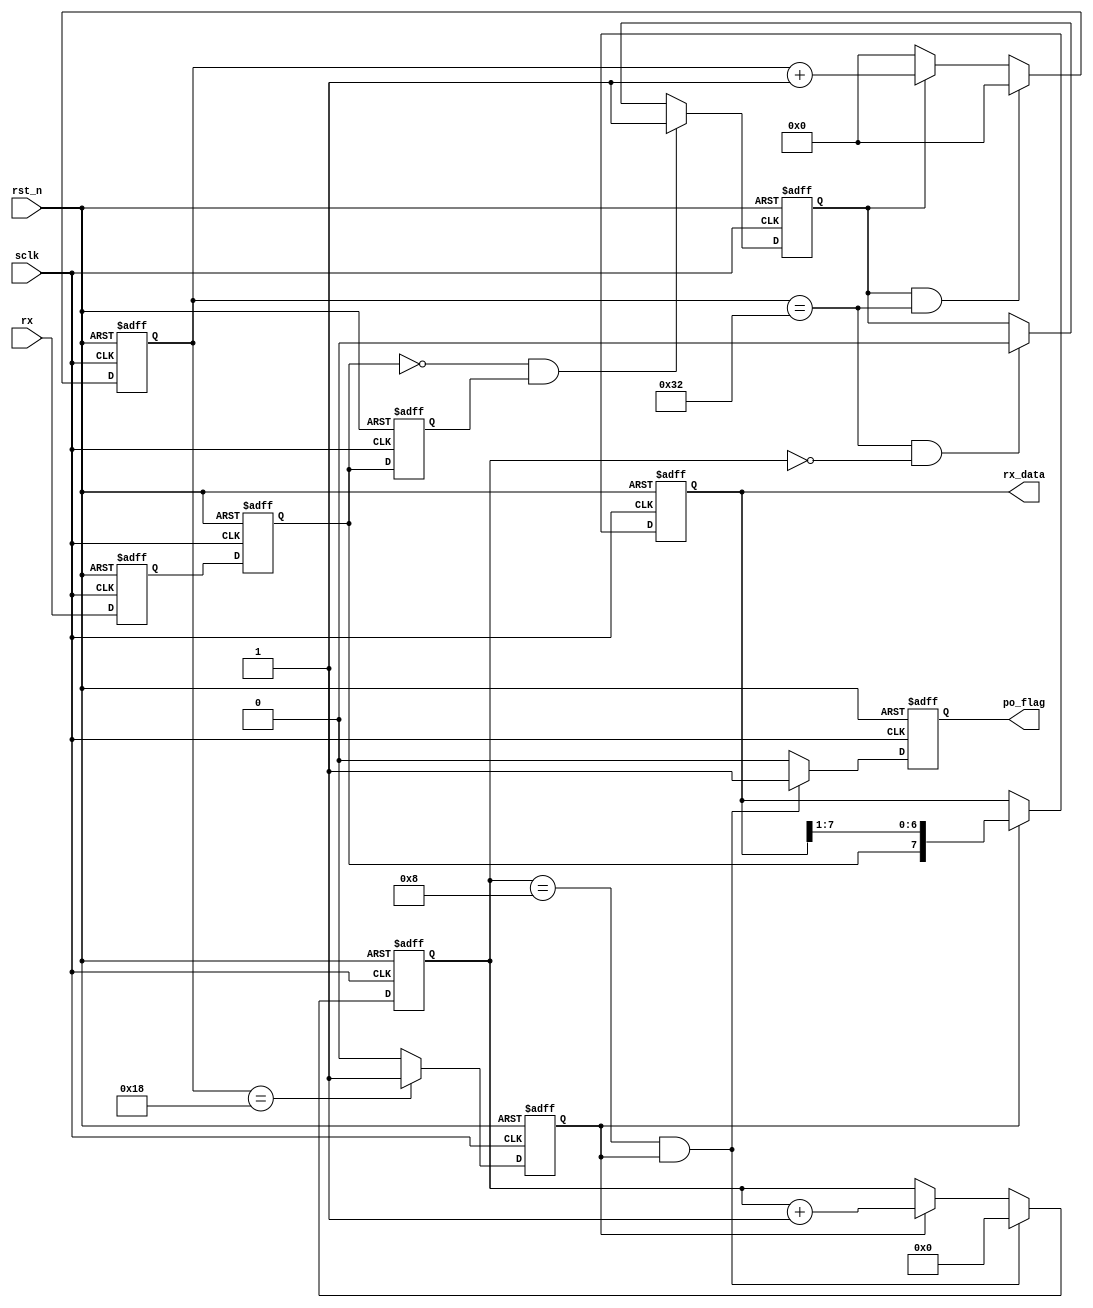
//*********************************************************\
//**************uart receiver***********************
//*********************************************************/
`define TEST_BAUD
module uart_rx(
	sclk,
	rst_n,
	rx,
	rx_data,
	po_flag
	);
	
	input						sclk;
	input						rst_n;
	input						rx;
	output	reg		[ 7:0]		rx_data;
	output	reg					po_flag;

//*********************************************************\
//******define internal signals and parameters*******
//*********************************************************/
	`ifndef TEST_BAUD
	localparam  BAUD_MAX =   5207;
	`else
	localparam  BAUD_MAX =   50;
	`endif
	localparam  BAUD_MID =   BAUD_MAX/2 - 1;
	localparam  BIT_MAX  =   8;
	reg							rx1,rx2,rx3;
	reg							rx_flag;
	reg							bit_flag;
	reg				[12:0]		baud_cnt;
	reg				[ 3:0]		bit_cnt;
	wire						neg_flag;

	//rx
	always @(posedge sclk or negedge rst_n)  begin
		if (!rst_n) begin
			rx1          <=  1'b1;
			rx2          <=  1'b1;
			rx3          <=  1'b1;
		end
		else begin
			rx1          <=  rx;
			rx2          <=  rx1;
			rx3          <=  rx2;
		end
	end
	//
	assign neg_flag      =  ~rx2 & rx3;
	//rx_flag
	always @(posedge sclk or negedge rst_n)  begin
		if (!rst_n)
			rx_flag      <=  1'b0;
		else if (neg_flag)
			rx_flag      <=  1'b1;
		else if (baud_cnt==BAUD_MAX && bit_cnt==0)
			rx_flag      <=  1'b0;
	end
	//baud_cnt
	always @(posedge sclk or negedge rst_n)  begin
		if (!rst_n)
			baud_cnt     <=  0;
		else if (rx_flag && baud_cnt==BAUD_MAX)
			baud_cnt     <=  0;
		else if (rx_flag)
			baud_cnt     <=  baud_cnt    +   1'b1;
		else
			baud_cnt     <=  0;
	end
	//bit_flag
	always @(posedge sclk or negedge rst_n)  begin
		if (!rst_n)
			bit_flag     <=  1'b0;
		else if(baud_cnt==BAUD_MID)
			bit_flag     <=  1'b1;
		else
			bit_flag     <=  1'b0;
	end
	//bit_cnt
	always @(posedge sclk or negedge rst_n)  begin
		if (!rst_n)
			bit_cnt      <=  0;
		else if (bit_flag && bit_cnt==BIT_MAX)
			bit_cnt      <=  0;
		else if (bit_flag)
			bit_cnt      <=  bit_cnt     +   1'b1;
	end
	//rx_data
	always @(posedge sclk or negedge rst_n)  begin
		if (!rst_n)
			rx_data      <=  8'b0;
		else if (bit_flag)
			rx_data      <=  {rx2, rx_data[7:1]};
	end
	//po_flag
	always @(posedge sclk or negedge rst_n)  begin
		if (!rst_n)
			po_flag      <=  1'b0;
		else if (bit_cnt==BIT_MAX && bit_flag)
			po_flag      <=  1'b1;
		else
			po_flag      <=  1'b0;
	end

endmodule